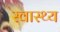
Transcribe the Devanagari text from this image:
स्‍वास्‍थ्य